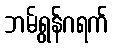
ဘမ်ရွန်ဂရက်